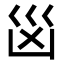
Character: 𭗾